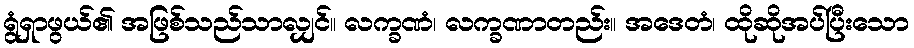
ရွံရှာဖွယ်၏ အဖြစ်သည်သာလျှင်။ လက္ခဏံ၊ လက္ခဏာတည်း။ အဒေတံ၊ ထိုဆိုအပ်ပြီးသော